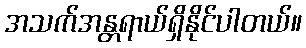
အသက်အန္တရာယ်ရှိနိုင်ပါတယ်။